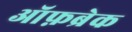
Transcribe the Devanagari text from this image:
ऑफ़ब्रेक